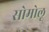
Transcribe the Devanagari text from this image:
सोमोलू